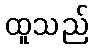
ထူသည်